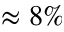
\approx 8 \%